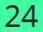
24